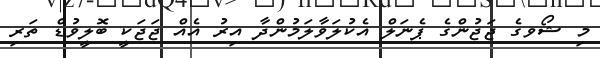
މި ޝޯވގެ ޖަޖުންގެ ޕެނަލް އެކުލަވާލަމުންދާ އިރު އެއް ޖަޖަކީ ބޮލީވުޑް ތަރި